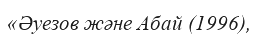
«Әуезов және Абай (1996),